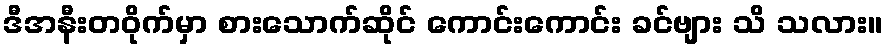
ဒီအနီးတဝိုက်မှာ စားသောက်ဆိုင် ကောင်းကောင်း ခင်ဗျား သိ သလား။